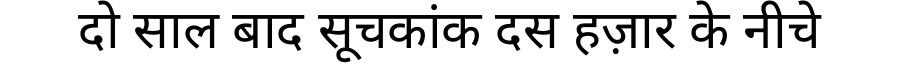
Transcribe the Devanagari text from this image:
दो साल बाद सूचकांक दस हज़ार के नीचे